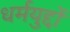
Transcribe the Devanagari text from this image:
धर्मयुद्दों